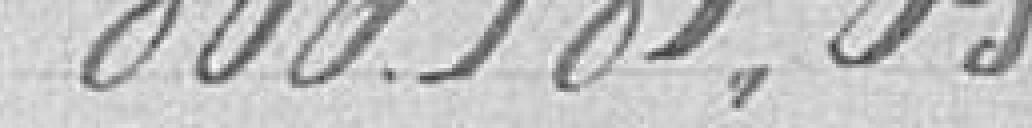
806 181,05